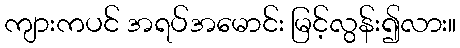
ကျားကပင် အရပ်အမောင်း မြင့်လွန်း၍လား။